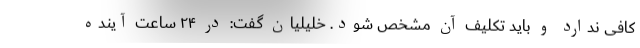
کافی ندارد و باید تکلیف آن مشخص شود. خلیلیان گفت: در ٢۴ ساعت آینده